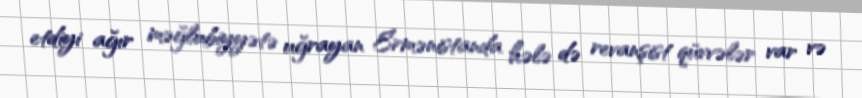
etdiyi ağır məğlubiyyətə uğrayan Ermənistanda hələ də revanşist qüvvələr var və